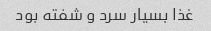
غذا بسیار سرد و شفته بود